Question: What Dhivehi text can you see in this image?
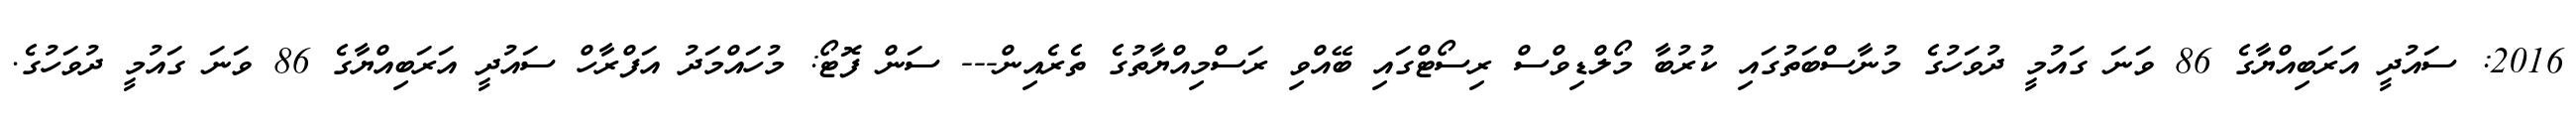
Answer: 2016: ސައުދީ އަރަބިއްޔާގެ 86 ވަނަ ގައުމީ ދުވަހުގެ މުނާސްބަތުގައި ކުރުބާ މޯލްޑިވްސް ރިސޯޓްގައި ބޭއްވި ރަސްމިއްޔާތުގެ ތެރެއިން--- ސަން ފޮޓޯ: މުހައްމަދު އަފްރާހް ސައުދީ އަރަބިއްޔާގެ 86 ވަނަ ގައުމީ ދުވަހުގެ.